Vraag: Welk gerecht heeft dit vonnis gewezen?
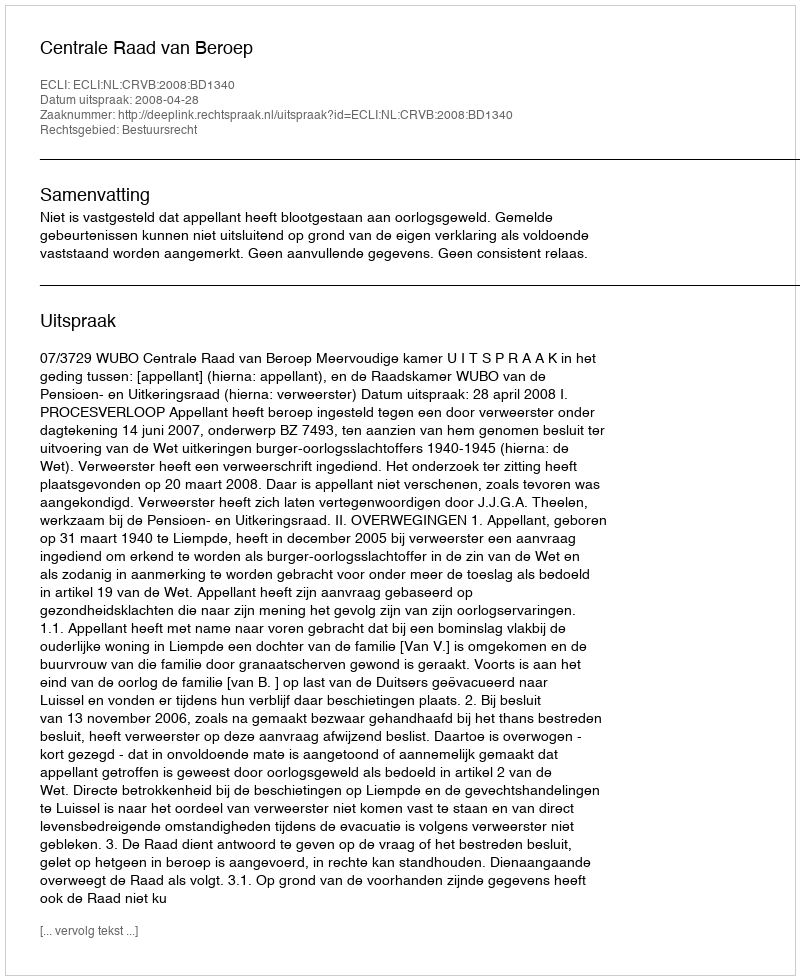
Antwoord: Centrale Raad van Beroep